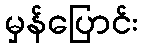
မှန်ပြောင်း